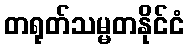
တရုတ်သမ္မတနိုင်ငံ